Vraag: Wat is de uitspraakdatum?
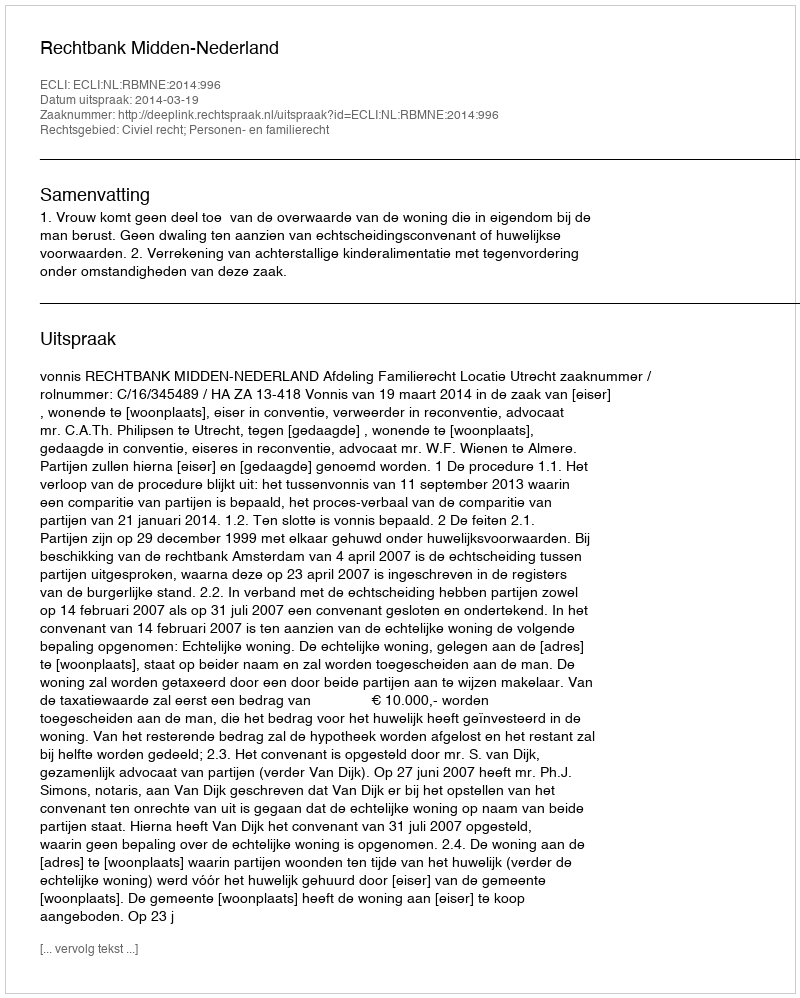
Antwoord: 2014-03-19